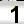
Digit: 1